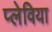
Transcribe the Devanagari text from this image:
प्लेविया